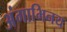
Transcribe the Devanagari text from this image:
अंगाभिनय